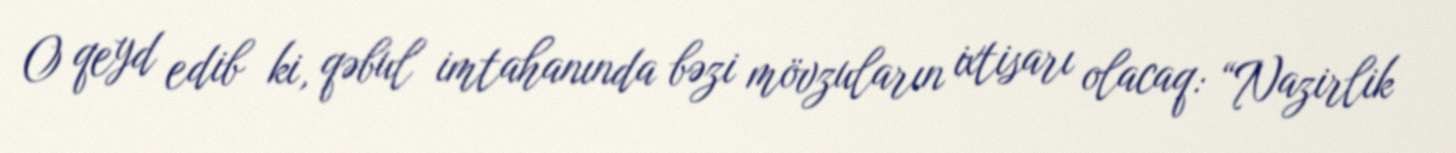
O qeyd edib ki, qəbul imtahanında bəzi mövzuların ixtisarı olacaq: “Nazirlik